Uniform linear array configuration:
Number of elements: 24
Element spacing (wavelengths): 0.75
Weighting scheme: cosine
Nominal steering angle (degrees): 45
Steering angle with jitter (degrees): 43.102
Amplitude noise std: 0.05
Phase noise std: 0.05

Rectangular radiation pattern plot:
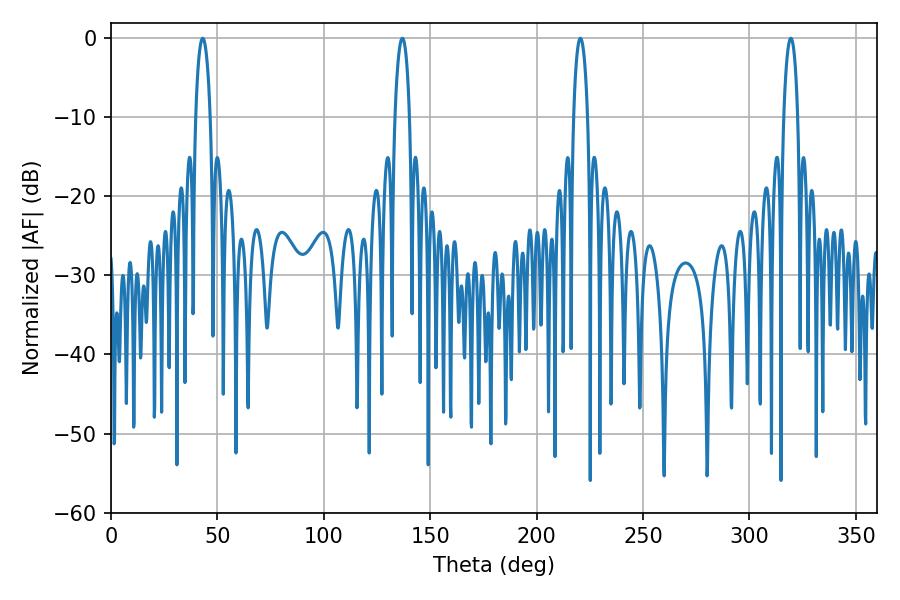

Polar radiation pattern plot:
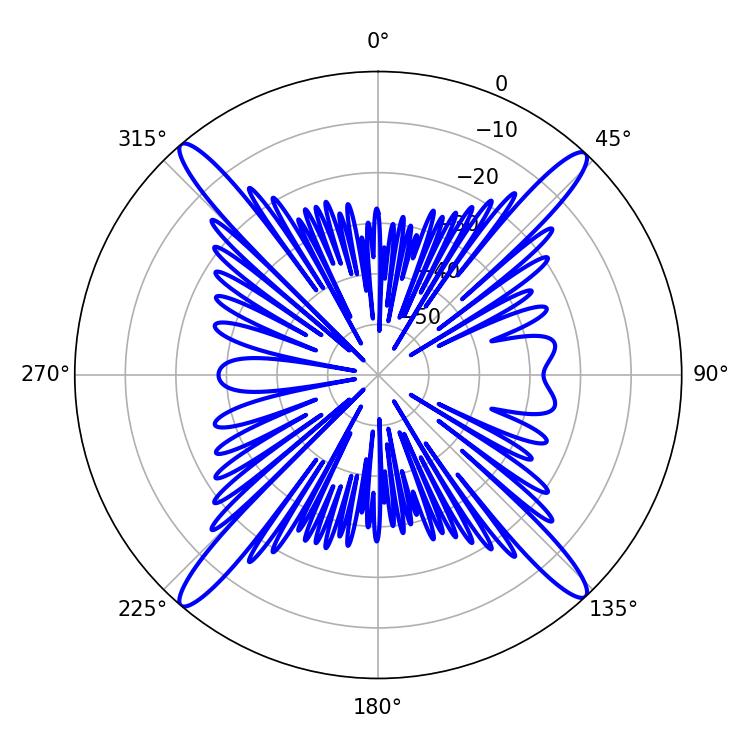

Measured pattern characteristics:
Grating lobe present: TRUE
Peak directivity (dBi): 23.284
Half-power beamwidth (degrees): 3.78
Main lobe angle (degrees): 220.5